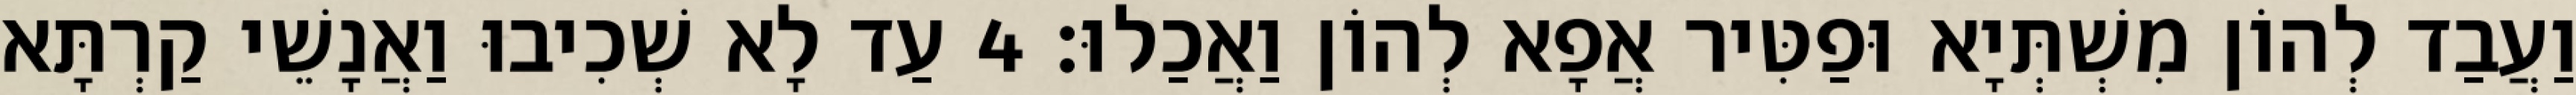
וַעֲבַד לְהוֹן מִשְׁתְּיָא וּפַטִּיר אֲפָא לְהוֹן וַאֲכַלוּ׃ 4 עַד לָא שְׁכִיבוּ וַאֲנָשֵׁי קַרְתָּא